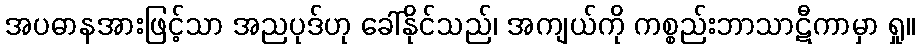
အပဓာနအားဖြင့်သာ အညပုဒ်ဟု ခေါ်နိုင်သည်၊ အကျယ်ကို ကစ္စည်းဘာသာဋီကာမှာ ရှု။